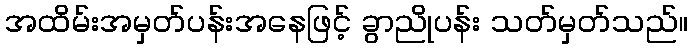
အထိမ်းအမှတ်ပန်းအနေဖြင့် ခွာညိုပန်း သတ်မှတ်သည်။